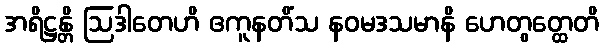
အရိဋ္ဌန္တိ ဩဒါတေဟိ ဧကူနတိံသ နဝမဒသမာနိ ဟေတွတ္ထေတိ